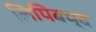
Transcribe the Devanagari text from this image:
लिपिबध्द